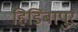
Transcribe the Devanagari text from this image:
हिडिंबापुर